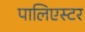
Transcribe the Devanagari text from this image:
पालिएस्टर